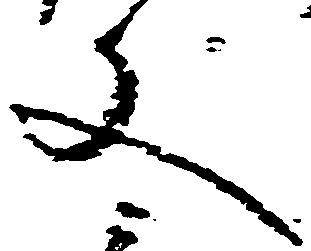
文